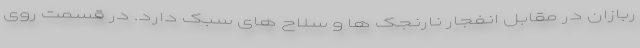
ربازان در مقابل انفجار نارنجک ها و سلاح های سبک دارد. در قسمت روی